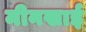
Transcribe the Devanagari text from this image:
मीनखाई